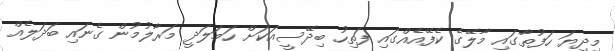
މިދިޔަ ހަފުތާގައި މާލޭގެ ކެފޭއެެއްގައި ފަތިހު ބިދޭސީއަަކަށް ހަމަލަދީ މަރާލުމުން ގެނައި ބަދަލެއް